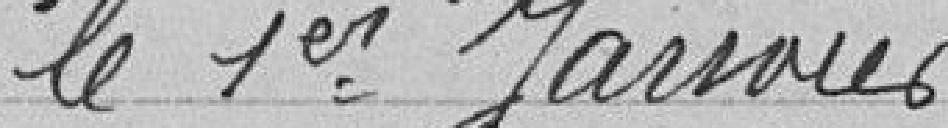
le 1er janvier